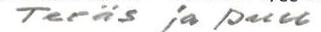
Teräs ja puu